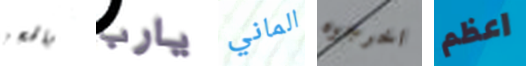
بالحجز يارب الماني اخرجوه اعظم